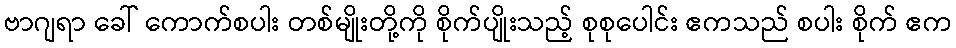
ဗာဂျရာ ခေါ် ကောက်စပါး တစ်မျိုးတို့ကို စိုက်ပျိုးသည့် စုစုပေါင်း ဧကသည် စပါး စိုက် ဧက